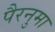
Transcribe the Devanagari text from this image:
पैरनुमा